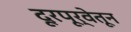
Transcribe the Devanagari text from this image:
दूरपूर्वेतून